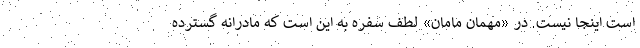
است اینجا نیست. در «مهمان مامان» لطف سفره به این است که مادرانه گسترده